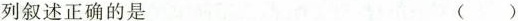
列叙述正确的是 ()